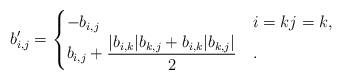
LaTeX: \begin{align*}b_{i,j}' = \begin{cases}-b_{i,j} & i = k j = k, \\\displaystyle b_{i,j} + \frac{|b_{i,k}| b_{k,j} + b_{i,k} | b_{k,j}|} {2} & .\end{cases}\end{align*}